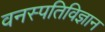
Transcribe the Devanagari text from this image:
वनस्‍पतिविज्ञान